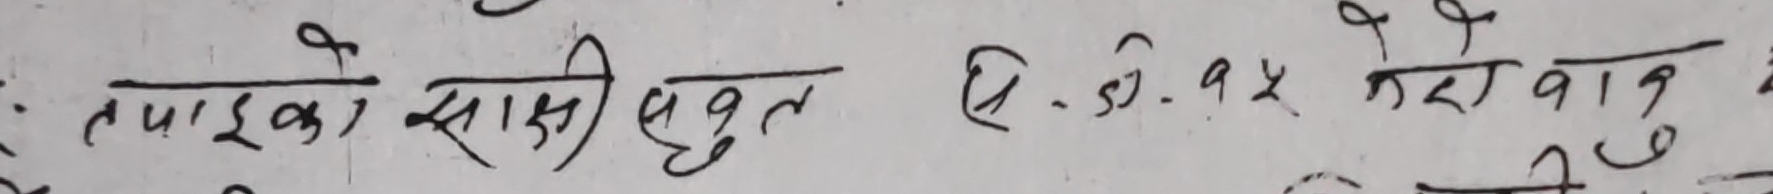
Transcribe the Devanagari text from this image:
तपाईको साक्षी बहुत  धि. सु. ११ मेरा वान छु